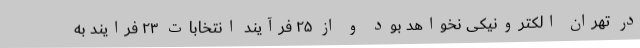
در تهران الکترونیکی نخواهد بود و از ۲۵ فرآیند انتخابات ۲۳ فرایند به